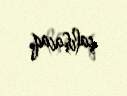
çalışacaq.